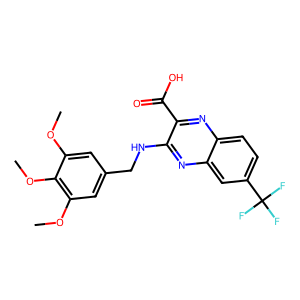
SMILES: COc1cc(CNc2nc3cc(C(F)(F)F)ccc3nc2C(=O)O)cc(OC)c1OC
Inhibits HIV replication: No